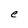
Character: e